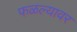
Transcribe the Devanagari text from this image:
फळल्यावर